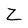
Character: Z